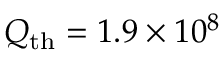
Q _ { \mathrm { t h } } = 1 . 9 \times 1 0 ^ { 8 }